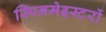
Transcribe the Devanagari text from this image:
स्पिनमेइस्टरों